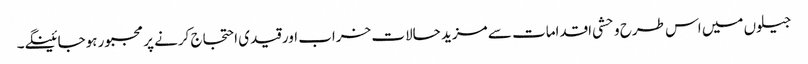
جیلوں میں اس طرح وحشی اقدامات سے مزید حالات خراب اور قیدی احتجاج کرنے پر مجبور ہوجائینگے۔